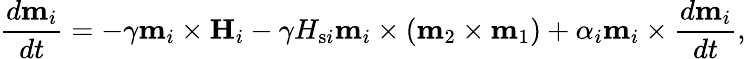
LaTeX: \frac{d\mathbf{m}_{i}}{dt}=-\gamma\mathbf{m}_{i}\times\mathbf{H}_{i}-\gamma H_{\mathrm{s}i}\mathbf{m}_{i}\times\left(\mathbf{m}_{2}\times\mathbf{m}_{1}\right)+\alpha_{i}\mathbf{m}_{i}\times\frac{d\mathbf{m}_{i}}{dt},